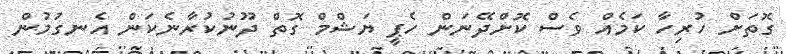
ގޮތަށް ހުރިހާ ކަމެއް ވެސް ކޮށްދޭނަން ހެޕީ ޔަޝްމް ގޮތް ދޫނުކުރާނެކަން އެނގުމުން